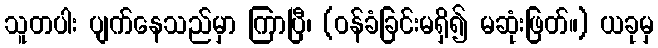
သူတပါး ပျက်နေသည်မှာ ကြာပြီ၊ (ဝန်ခံခြင်းမရှိ၍ မဆုံးဖြတ်။) ယခုမှ